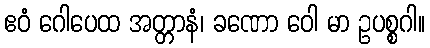
ဧဝံ ဂေါပေထ အတ္တာနံ၊ ခဏော ဝေါ မာ ဥပစ္စဂါ။